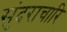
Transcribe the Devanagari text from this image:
सुंदराचारि